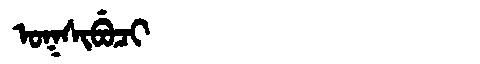
Manchu: ᠣᡴᠰᡳᠪᡠᠴᡳ
Romanization: OKSIBUCI